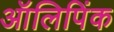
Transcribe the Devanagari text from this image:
ऑलिपिंक